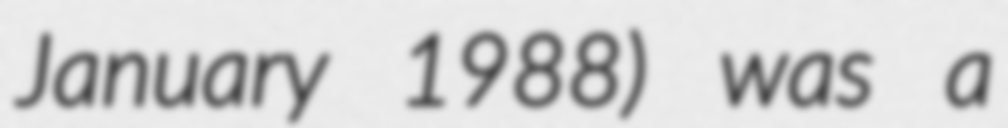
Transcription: January 1988) was a